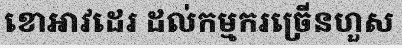
ខោអាវដេរ ដល់កម្មករច្រើនហួស